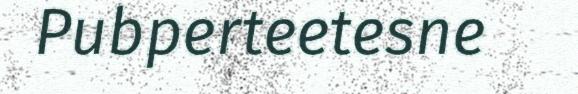
Pubperteetesne